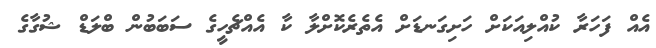
އެއް ފަހަރާ ކުއްލިއަކަށް ހަށިގަނޑަށް އެތެރެކޮށްލާ ކާ އެއްޗެހީގެ ސަބަބުން ބްލަޑް ޝުގާގެ